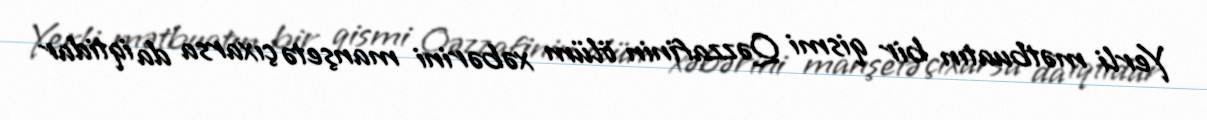
Yerli mətbuatın bir qismi Qəzzafinin ölüm xəbərini manşetə çıxarsa da iqtidar